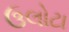
ઉલોટા